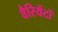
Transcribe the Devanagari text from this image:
वैरियेंटों